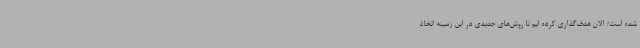
شده است؛ الان هدف‌گذاری کرده ایم تا روش‌های جدیدی در این زمینه اتخاذ